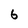
Character: b